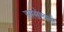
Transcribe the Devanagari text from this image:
अस्सेम्बली